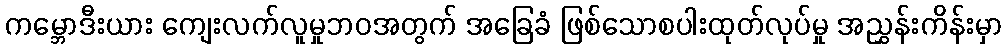
ကမ္ဘောဒီးယား ကျေးလက်လူမှုဘဝအတွက် အခြေခံ ဖြစ်သောစပါးထုတ်လုပ်မှု အညွှန်းကိန်းမှာ